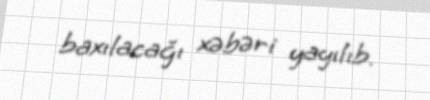
baxılacağı xəbəri yayılıb.